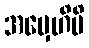
အမှေဟိပိ